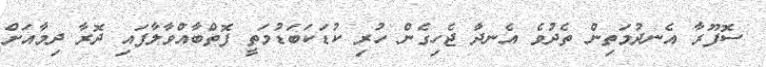
ސޮފޫރާ އެނދުމަތިން ތެދުވެ އެނދާ ޖެހިގެން ހުރި ކުޑަކަބަޑުމަތީ ފޮތްބާއްވާލާފައި ދޮރާ ދިމާއަށް